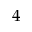
4